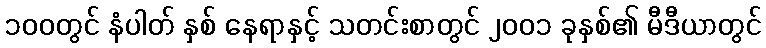
၁၀၀တွင် နံပါတ် နှစ် နေရာနှင့် သတင်းစာတွင် ၂၀၀၁ ခုနှစ်၏ မီဒီယာတွင်